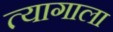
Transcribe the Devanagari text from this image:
त्यागाला